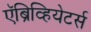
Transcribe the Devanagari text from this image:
ऍब्रिव्हियेटर्स